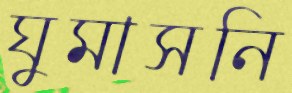
ঘুমাসনি